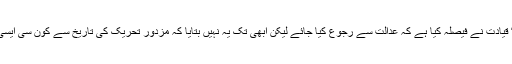
دوسری طرف پالپا سمیت ڈی نوٹیفائی ہونے والی یونینز اور ایسو سی ایشن کی انتہائی ”دانا“ قیادت نے فیصلہ کیا ہے کہ عدالت سے رجوع کیا جائے لیکن ابھی تک یہ نہیں بتایا کہ مزدور تحریک کی تاریخ سے کون سی ایسی مثال موجود ہے جس کی بنیاد پر اس ریاستی ادارے سے دادرسی کی امید کی جا رہی ہے۔